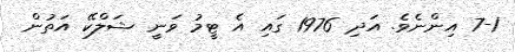
7-1 އިންނެވެ. އަދި 1976 ގައި އެ ޓީމު ވަނީ ޝަލްކޭ އަތުން